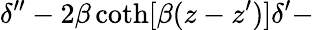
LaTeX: \delta^{\prime\prime}-2\beta\coth[\beta(z-z^{\prime})]\delta^{\prime}-